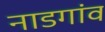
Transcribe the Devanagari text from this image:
नाडगांव